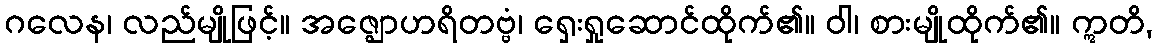
ဂလေန၊ လည်မျိုဖြင့်။ အဇ္ဈောဟရိတဗ္ဗံ၊ ရှေးရှုဆောင်ထိုက်၏။ ဝါ၊ စားမျိုထိုက်၏။ ဣတိ,